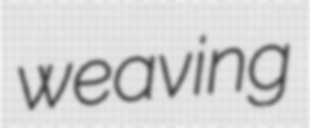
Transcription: weaving